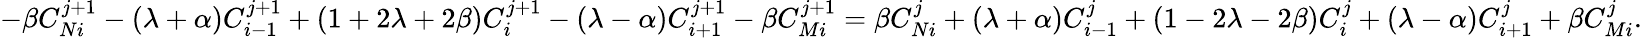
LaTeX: -\beta C_{Ni}^{j+1}-(\lambda+\alpha)C_{i-1}^{j+1}+(1+2\lambda+2\beta)C_{i}^{j+1}-(\lambda-\alpha)C_{i+1}^{j+1}-\beta C_{Mi}^{j+1}=\beta C_{Ni}^{j}+(\lambda+\alpha)C_{i-1}^{j}+(1-2\lambda-2\beta)C_{i}^{j}+(\lambda-\alpha)C_{i+1}^{j}+\beta C_{Mi}^{j}.